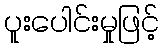
ပူးပေါင်းမှုဖြင့်